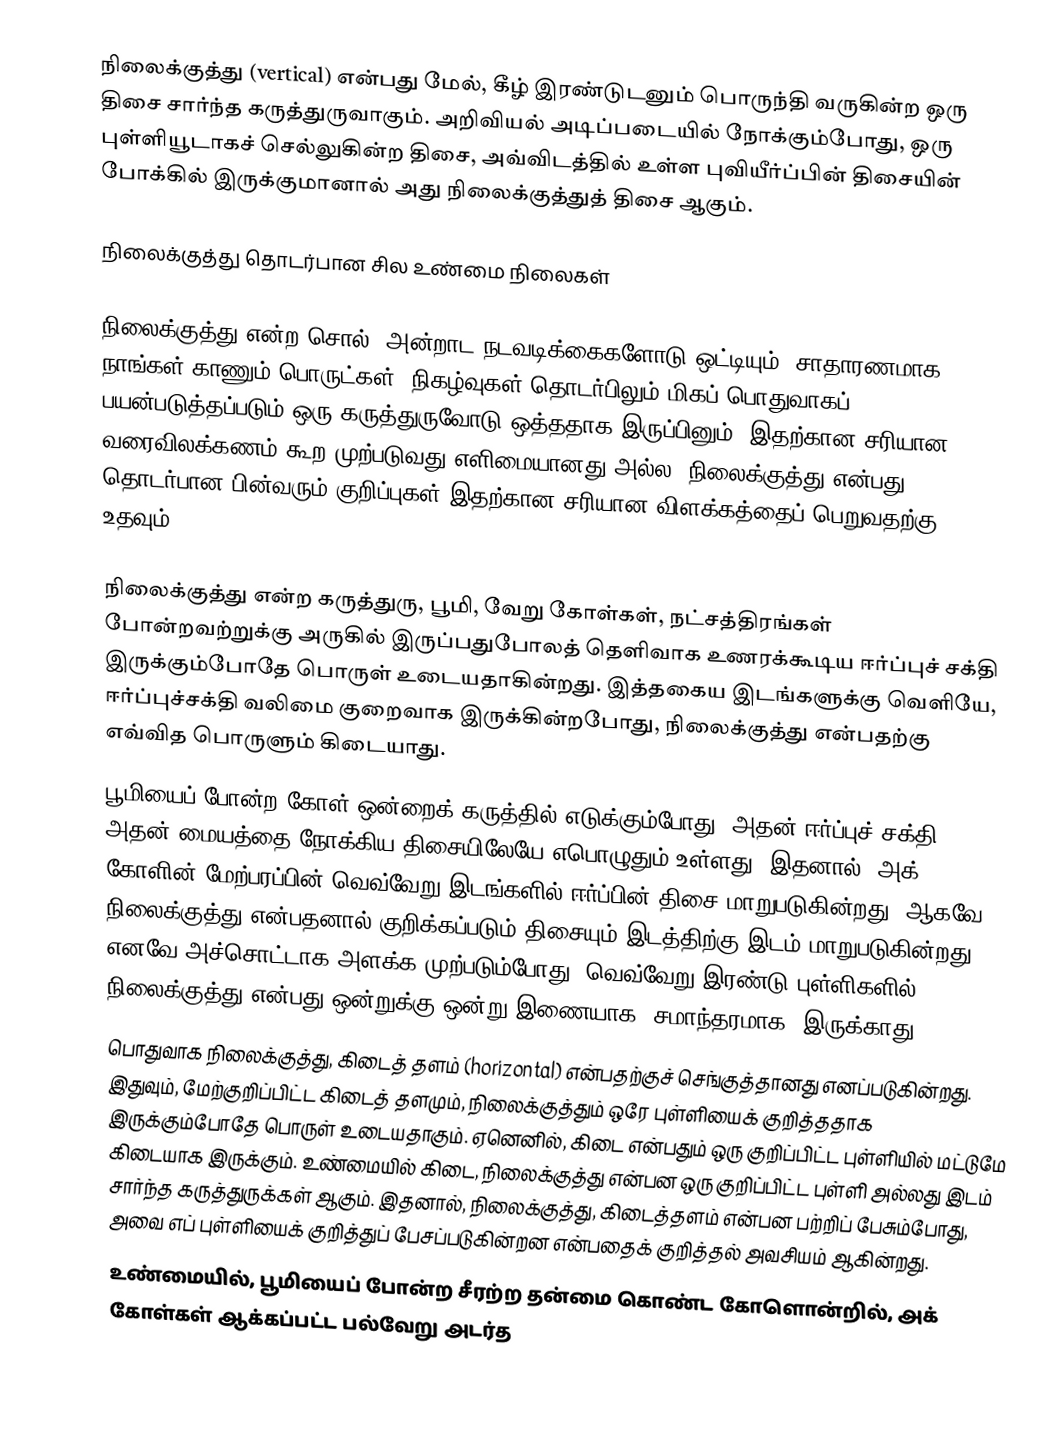
நிலைக்குத்து (vertical) என்பது மேல், கீழ் இரண்டுடனும் பொருந்தி வருகின்ற ஒரு திசை சார்ந்த கருத்துருவாகும். அறிவியல் அடிப்படையில் நோக்கும்போது, ஒரு புள்ளியூடாகச் செல்லுகின்ற திசை, அவ்விடத்தில் உள்ள புவியீர்ப்பின் திசையின் போக்கில் இருக்குமானால் அது நிலைக்குத்துத் திசை ஆகும்.

நிலைக்குத்து தொடர்பான சில உண்மை நிலைகள்

நிலைக்குத்து என்ற சொல், அன்றாட நடவடிக்கைகளோடு ஒட்டியும், சாதாரணமாக நாங்கள் காணும் பொருட்கள், நிகழ்வுகள் தொடர்பிலும் மிகப் பொதுவாகப் பயன்படுத்தப்படும் ஒரு கருத்துருவோடு ஒத்ததாக இருப்பினும், இதற்கான சரியான வரைவிலக்கணம் கூற முற்படுவது எளிமையானது அல்ல. நிலைக்குத்து என்பது தொடர்பான பின்வரும் குறிப்புகள் இதற்கான சரியான விளக்கத்தைப் பெறுவதற்கு உதவும்.

 நிலைக்குத்து என்ற கருத்துரு, பூமி, வேறு கோள்கள், நட்சத்திரங்கள் போன்றவற்றுக்கு அருகில் இருப்பதுபோலத் தெளிவாக உணரக்கூடிய ஈர்ப்புச் சக்தி இருக்கும்போதே பொருள் உடையதாகின்றது. இத்தகைய இடங்களுக்கு வெளியே, ஈர்ப்புச்சக்தி வலிமை குறைவாக இருக்கின்றபோது, நிலைக்குத்து என்பதற்கு எவ்வித பொருளும் கிடையாது.
 பூமியைப் போன்ற கோள் ஒன்றைக் கருத்தில் எடுக்கும்போது, அதன் ஈர்ப்புச் சக்தி அதன் மையத்தை நோக்கிய திசையிலேயே எபொழுதும் உள்ளது. இதனால், அக் கோளின் மேற்பரப்பின் வெவ்வேறு இடங்களில் ஈர்ப்பின் திசை மாறுபடுகின்றது. ஆகவே, நிலைக்குத்து என்பதனால் குறிக்கப்படும் திசையும் இடத்திற்கு இடம் மாறுபடுகின்றது. எனவே அச்சொட்டாக அளக்க முற்படும்போது, வெவ்வேறு இரண்டு புள்ளிகளில் நிலைக்குத்து என்பது ஒன்றுக்கு ஒன்று இணையாக (சமாந்தரமாக) இருக்காது.
 பொதுவாக நிலைக்குத்து, கிடைத் தளம் (horizontal) என்பதற்குச் செங்குத்தானது எனப்படுகின்றது. இதுவும், மேற்குறிப்பிட்ட கிடைத் தளமும், நிலைக்குத்தும் ஒரே புள்ளியைக் குறித்ததாக இருக்கும்போதே பொருள் உடையதாகும். ஏனெனில், கிடை என்பதும் ஒரு குறிப்பிட்ட புள்ளியில் மட்டுமே கிடையாக இருக்கும். உண்மையில் கிடை, நிலைக்குத்து என்பன ஒரு குறிப்பிட்ட புள்ளி அல்லது இடம் சார்ந்த கருத்துருக்கள் ஆகும். இதனால், நிலைக்குத்து, கிடைத்தளம் என்பன பற்றிப் பேசும்போது, அவை எப் புள்ளியைக் குறித்துப் பேசப்படுகின்றன என்பதைக் குறித்தல் அவசியம் ஆகின்றது.
 உண்மையில், பூமியைப் போன்ற சீரற்ற தன்மை கொண்ட கோளொன்றில், அக் கோள்கள் ஆக்கப்பட்ட பல்வேறு அடர்த